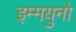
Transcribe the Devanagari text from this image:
इम्मयुनो